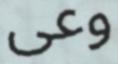
وعى